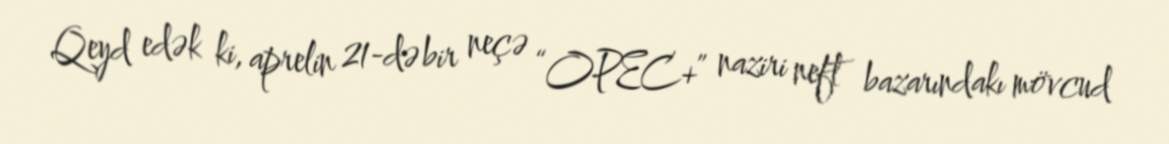
Qeyd edək ki, aprelin 21-də bir neçə “OPEC+” naziri neft bazarındakı mövcud